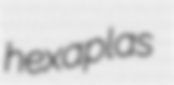
hexaplas